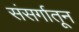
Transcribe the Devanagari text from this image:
संसर्गातून